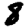
Digit: 8